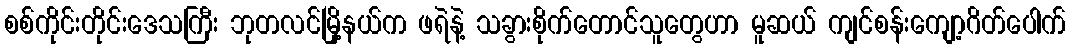
စစ်ကိုင်းတိုင်းဒေသကြီး ဘုတလင်မြို့နယ်က ဖရဲနဲ့ သခွားစိုက်တောင်သူတွေဟာ မူဆယ် ကျင်စန်းကျော့ဂိတ်ပေါက်